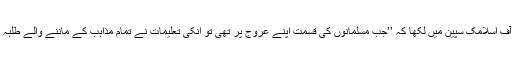
انہوں نے کہا کہ معروف مورخ ’’منٹگمری واٹ ‘‘ نے اپنی شہرہ آفاق تصنیف ہسٹری آف اسلامک سپین میں لکھا کہ ’’جب مسلمانوں کی قسمت اپنے عروج پر تھی تو انکی تعلیمات نے تمام مذاہب کے ماننے والے طلبہ کو اپنی جانب متوجہ کر لیا تھا، سپین کے عیسائی اور یہودی بطور خاص متاثر ہوئے۔